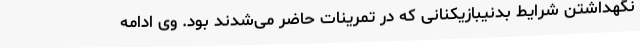
نگهداشتن شرایط بدنیبازیکنانی که در تمرینات حاضر می‌شدند بود. وی ادامه